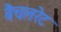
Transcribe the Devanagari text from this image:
बैचलरेट